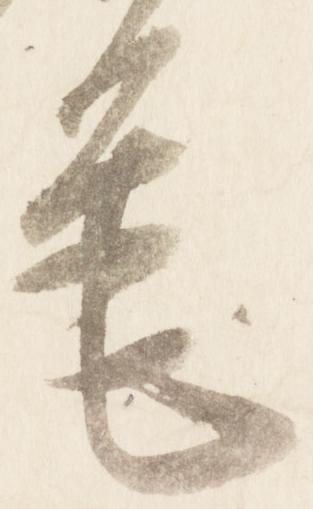
筆